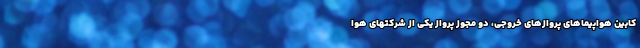
کابین هواپیماهای پروازهای خروجی، دو مجوز پرواز یکی از شرکتهای هوا